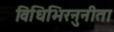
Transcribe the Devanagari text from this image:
विधिभिरनुनीता